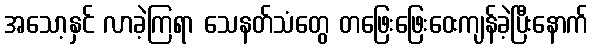
အသော့နှင် လာခဲ့ကြရာ သေနတ်သံတွေ တဖြေးဖြေးဝေးကျန်ခဲ့ပြီးနောက်